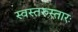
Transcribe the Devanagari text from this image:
स्वस्तरुस्तारः